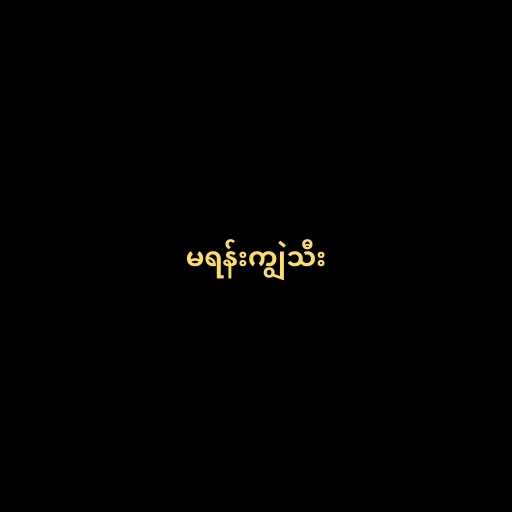
မရန်းကျွဲသီး